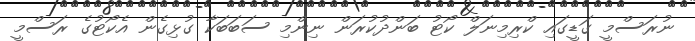
ނުރަސްމީ ގަޑީގައި ކްރިމިނަލް ކޯޓު ބަންދުކުރަން ނިންމި ސަބަބަކާ ގުޅިގެން އެކޯޓުގެ ރަސްމީ